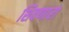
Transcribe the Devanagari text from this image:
शिवणारा